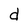
Character: d